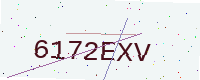
Text: 6172EXV